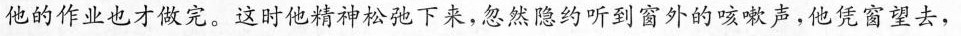
他的作业也才做完。这时他精神松弛下来，忽然隐约听到窗外的咳嗽声，他凭窗望去，